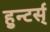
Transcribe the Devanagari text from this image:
हुन्टर्स्